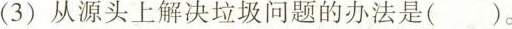
(3)从源头上解决垃圾问题的办法是()。